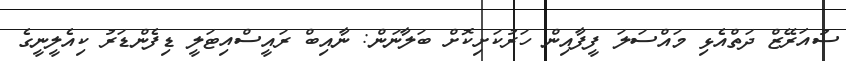
ސުއަރޭޒް ދަތްއެޅި މައްސަލަ ފީފާއިން ހަރުކަށިކޮށް ބަލާނަން: ނާއިބް ރައީސްއިޓަލީ ޑިފެންޑަރު ކިއެލީނީގެ